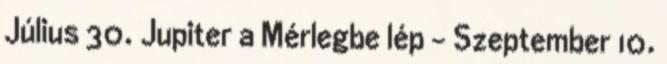
Július 30. Jupiter a Mérlegbe lép – Szeptember 10.